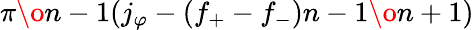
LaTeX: {{\pi}\o{n-1}}(j_{\varphi}-(f_{+}-f_{-}){{n-1}\o{n+1}})